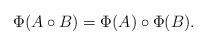
LaTeX: \begin{align*} \Phi(A\circ B)=\Phi(A)\circ\Phi(B).\end{align*}